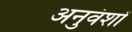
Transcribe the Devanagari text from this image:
अनुवंशों